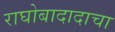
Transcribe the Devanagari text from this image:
राघोबादादाचा